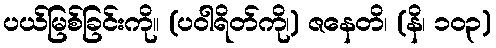
ပယ်မြစ်ခြင်းကို။ (ပဝါရိတ်ကို၊) ဇနေတိ၊ (နိ၊ ၁၀၃)